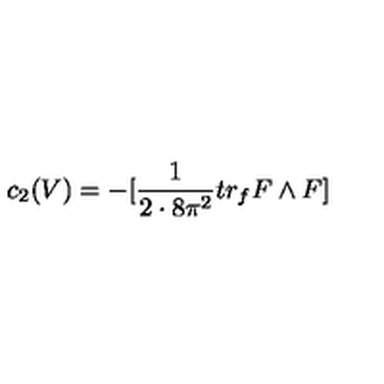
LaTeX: c _ { 2 } ( V ) = - [ \frac { 1 } { 2 \cdot 8 \pi ^ { 2 } } t r _ { f } F \wedge F ]